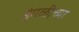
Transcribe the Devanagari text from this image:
इंगळीच्या